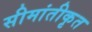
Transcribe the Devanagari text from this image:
सीमांतीकृत